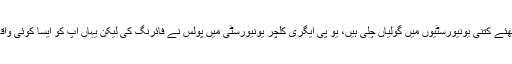
آپ پورا ریکارڈ دیکھئے کتنی یونیورسٹیوں میں گولیاں چلی ہیں، یو پی ایگری کلچر یونیورسٹی میں پولس نے فائرنگ کی لیکن یہاں آپ کو ایسا کوئی واقعہ نظر نہیں آئے گا۔